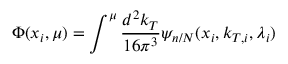
\Phi ( x _ { i } , \mu ) = \int ^ { \mu } { \frac { d ^ { 2 } k _ { T } } { 1 6 \pi ^ { 3 } } } \psi _ { n / N } ( x _ { i } , k _ { T , i } , \lambda _ { i } )